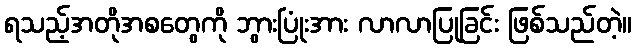
ရသည့်အတိုအစတွေကို ဘွားပြုံးအား လာလာပြုခြင်း ဖြစ်သည်တဲ့။